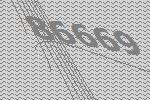
86669